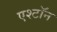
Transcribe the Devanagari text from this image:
एश्टॉन